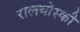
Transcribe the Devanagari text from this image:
रालबोस्की